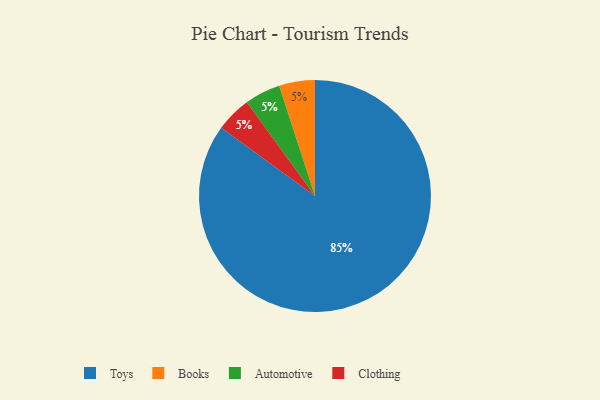
{"axis": {"x": "Category", "y": "Percentage"}, "legend": ["Automotive", "Books", "Clothing", "Toys"], "data": [{"x": "Books", "y": 5, "type": "Books"}, {"x": "Toys", "y": 85, "type": "Toys"}, {"x": "Automotive", "y": 5, "type": "Automotive"}, {"x": "Clothing", "y": 5, "type": "Clothing"}]}